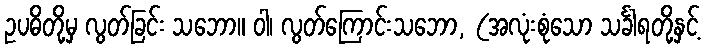
ဥပဓိတို့မှ လွတ်ခြင်း သဘော။ ဝါ၊ လွတ်ကြောင်းသဘော, (အလုံးစုံသော သင်္ခါရတို့နှင့်